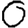
Digit: 0